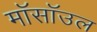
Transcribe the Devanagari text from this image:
मॉसॉउल